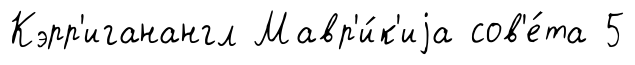
Кэрр'иганангл Мавр'и́к'иjа сов'е́та 5